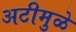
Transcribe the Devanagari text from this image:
अटीमुळे